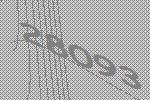
28093